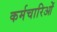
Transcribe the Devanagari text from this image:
कर्मचारिओं